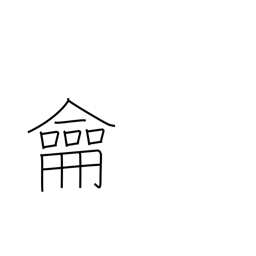
Meaning: flute